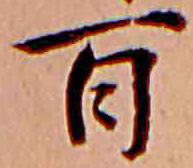
百